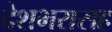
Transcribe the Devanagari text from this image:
देशभरासह